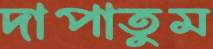
দাপাতুম